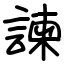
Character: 諫